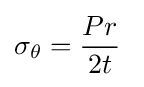
\sigma _{\theta }={\dfrac {Pr}{2t}}\